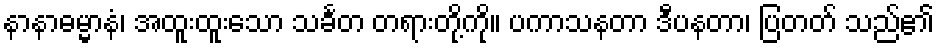
နာနာဓမ္မာနံ၊ အထူးထူးသော သင်္ခတ တရားတို့ကို။ ပကာသနတာ ဒီပနတာ၊ ပြတတ် သည်၏